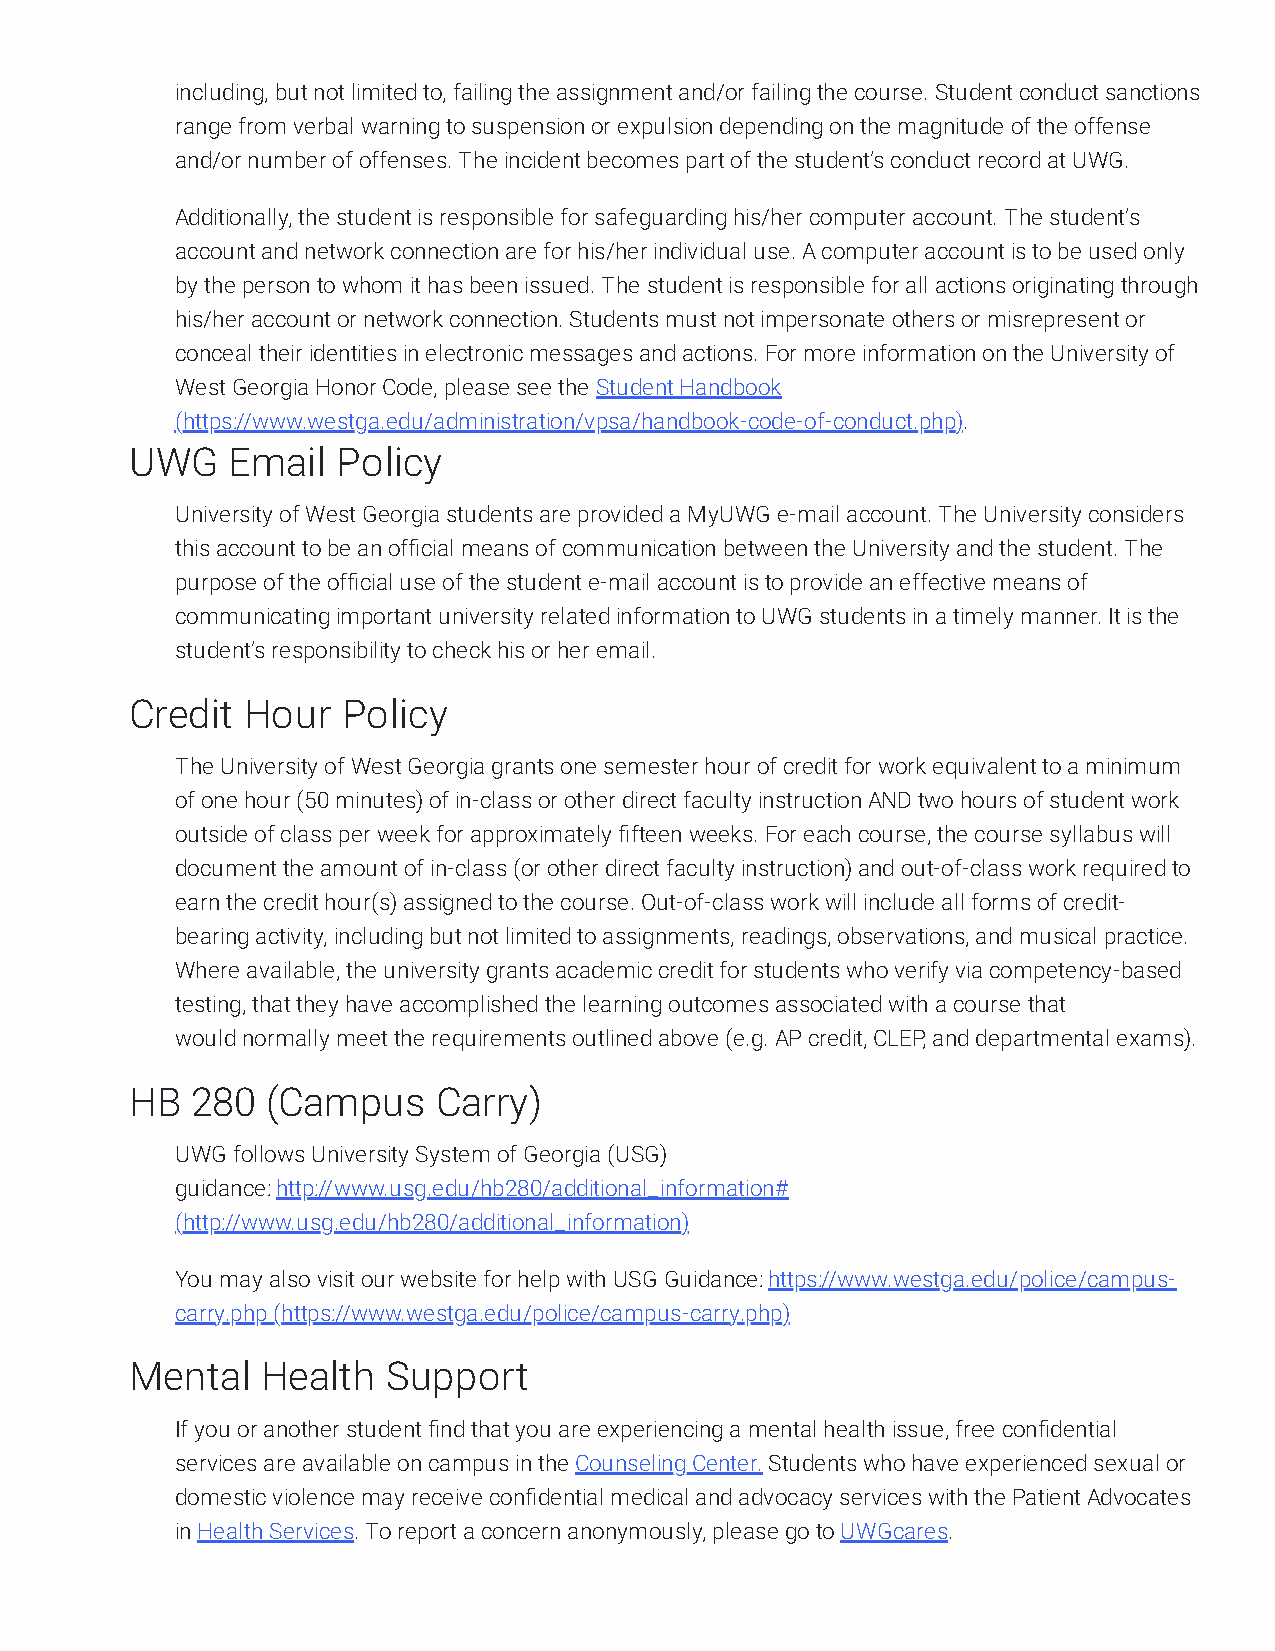
including, but not limited to, failing the assignment and/or failing the course. Student conduct sanctions
 range from verbal warning to suspension or expulsion depending on the magnitude of the offense
 and/or number of offenses. The incident becomes part of the student’s conduct record at UWG.
 Additionally, the student is responsible for safeguarding his/her computer account. The student’s
 account and network connection are for his/her individual use. A computer account is to be used only
 by the person to whom it has been issued. The student is responsible for all actions originating through
 his/her account or network connection. Students must not impersonate others or misrepresent or
 conceal their identities in electronic messages and actions. For more information on the University of
 West Georgia Honor Code, please see the Student Handbook
 (https://www.westga.edu/administration/vpsa/handbook-code-of-conduct.php).
 UWG   Email  Policy
 University of West Georgia students are provided a MyUWG e-mail account. The University considers
 this account to be an official means of communication between the University and the student. The
 purpose of the official use of the student e-mail account is to provide an effective means of
 communicating important university related information to UWG students in a timely manner. It is the
 student’s responsibility to check his or her email.
 Credit Hour   Policy
 The University of West Georgia grants one semester hour of credit for work equivalent to a minimum
 of one hour (50 minutes) of in-class or other direct faculty instruction AND two hours of student work
 outside of class per week for approximately fifteen weeks. For each course, the course syllabus will
 document the amount of in-class (or other direct faculty instruction) and out-of-class work required to
 earn the credit hour(s) assigned to the course. Out-of-class work will include all forms of credit-
 bearing activity, including but not limited to assignments, readings, observations, and musical practice.
 Where available, the university grants academic credit for students who verify via competency-based
 testing, that they have accomplished the learning outcomes associated with a course that
 would normally meet the requirements outlined above (e.g. AP credit, CLEP, and departmental exams).
 HB  280  (Campus    Carry)
 UWG follows University System of Georgia (USG)
 guidance: http://www.usg.edu/hb280/additional_information#
 (http://www.usg.edu/hb280/additional_information)
 You may also visit our website for help with USG Guidance: https://www.westga.edu/police/campus-
 carry.php (https://www.westga.edu/police/campus-carry.php)
 Mental  Health   Support
 If you or another student find that you are experiencing a mental health issue, free confidential
 services are available on campus in the Counseling Center. Students who have experienced sexual or
 domestic violence may receive confidential medical and advocacy services with the Patient Advocates
 in Health Services. To report a concern anonymously, please go to UWGcares.